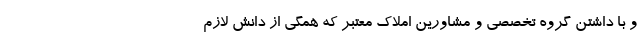
و با داشتن گروه تخصصی و مشاورین املاک معتبر که همگی از دانش لازم